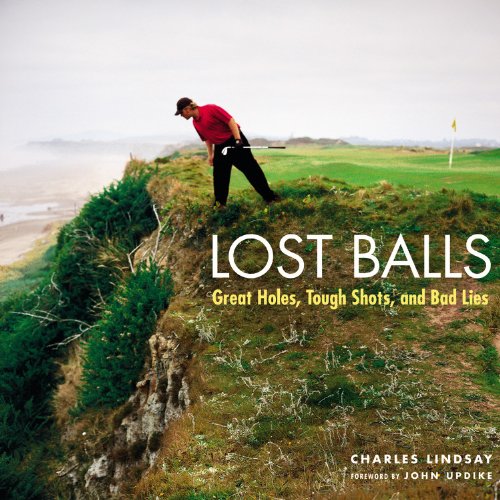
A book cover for Lost Balls: Great Holes, Tough Shots, and Bad Lies; Charles Lindsay; Arts & Photography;